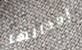
إدخالها